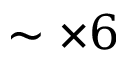
\sim \times 6